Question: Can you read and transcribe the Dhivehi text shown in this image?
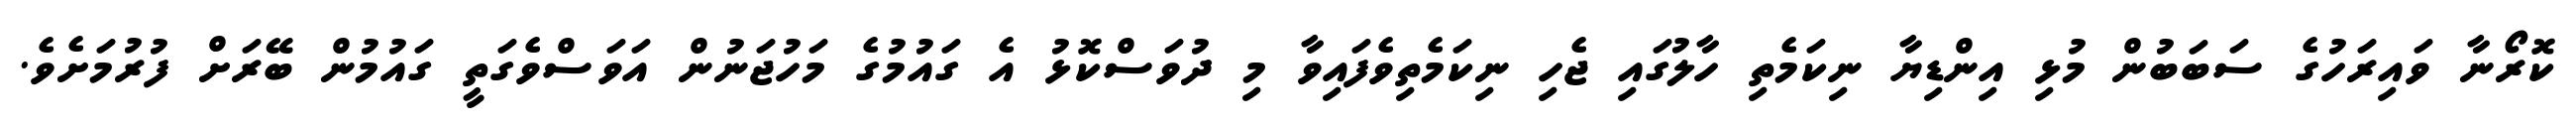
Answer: ކޮރޯނާ ވައިރަހުގެ ސަބަބުން މުޅި އިންޑިޔާ ނިކަމެތި ހާލުގައި ޖެހި ނިކަމެތިވެފައިވާ މި ދުވަސްކޮޅު އެ ގައުމުގެ މަހުޖަނުން އަވަސްވެގަތީ ގައުމުން ބޭރަށް ފުރުމަށެވެ.